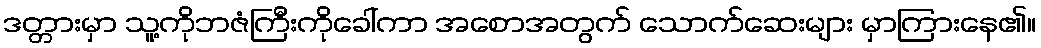
ဒတ္တားမှာ သူ့ကိုဘဇံကြီးကိုခေါ်ကာ အစောအတွက် သောက်ဆေးများ မှာကြားနေ၏။